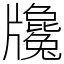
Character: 㸥